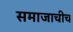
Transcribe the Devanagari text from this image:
समाजाचीच